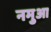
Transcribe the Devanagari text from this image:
नमुआ